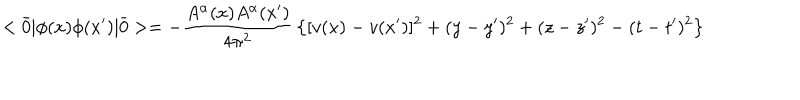
LaTeX: < \bar { 0 } | \phi ( x ) \phi ( x ^ { \prime } ) | \bar { 0 } > = - { \frac { A ^ { \alpha } ( x ) A ^ { \alpha } ( x ^ { \prime } ) } { 4 \pi ^ { 2 } } } \left\{ [ v ( x ) - v ( x ^ { \prime } ) ] ^ { 2 } + ( y - y ^ { \prime } ) ^ { 2 } + ( z - z ^ { \prime } ) ^ { 2 } - ( t - t ^ { \prime } ) ^ { 2 } \right\}